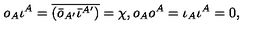
o _ { A } \iota ^ { A } = \overline { { ( \bar { o } _ { A ^ { \prime } } \bar { \iota } ^ { A ^ { \prime } } ) } } = \chi , o _ { A } o ^ { A } = \iota _ { A } \iota ^ { A } = 0 ,